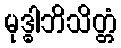
မုဒ္ဓါဘိသိတ္တံ